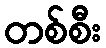
တစ်စီး